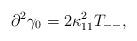
LaTeX: \begin{align*}\partial^2 \gamma_0 = 2\kappa_{11}^2 T_{--},\end{align*}